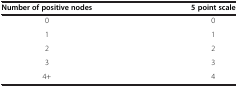
<table><thead><tr><td><b>Number of positive nodes</b></td><td><b>5 point scale</b></td></tr></thead><tbody><tr><td>0</td><td>0</td></tr><tr><td>1</td><td>1</td></tr><tr><td>2</td><td>2</td></tr><tr><td>3</td><td>3</td></tr><tr><td>4+</td><td>4</td></tr></tbody></table>